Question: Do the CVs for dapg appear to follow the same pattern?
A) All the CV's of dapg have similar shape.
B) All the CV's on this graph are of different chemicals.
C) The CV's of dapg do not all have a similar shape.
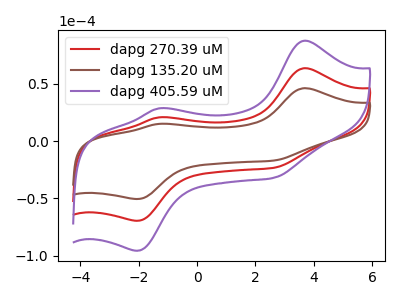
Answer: <think>The red curve "dapg 270.39 uM" has anodic peaks at (3.70V, 63.75uA) (-1.30V, 20.80uA) and cathodic peaks at (-2.00V, -69.50uA) (2.65V, -23.20uA). The brown curve "dapg 135.20 uM" has anodic peaks at (3.70V, 46.30uA) (-1.30V, 15.10uA) and cathodic peaks at (-2.00V, -50.50uA) (2.65V, -16.85uA). The purple curve "dapg 405.59 uM" has anodic peaks at (3.70V, 127.50uA) (-1.30V, 41.60uA) and cathodic peaks at (-2.00V, -138.95uA) (2.65V, -46.40uA).
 All the peaks in "dapg 270.39 uM" have a peak in "dapg 135.20 uM" at the same potential. Every peak in "dapg 270.39 uM" is higher than every peak in "dapg 135.20 uM". All the peaks in "dapg 270.39 uM" have a peak in "dapg 405.59 uM" at the same potential. Every peak in "dapg 270.39 uM" is lower than every peak in "dapg 405.59 uM". All the peaks in "dapg 135.20 uM" have a peak in "dapg 405.59 uM" at the same potential. Every peak in "dapg 135.20 uM" is lower than every peak in "dapg 405.59 uM".</think>
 <answer>A) All the CV's of "dapg" have similar shape.</answer>
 <eval>A</eval>